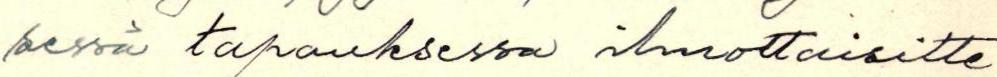
sessä tapauksessa ilmoittaisitte